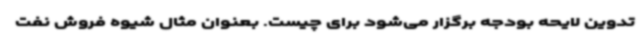
تدوین لایحه بودجه برگزار می‌شود برای چیست. بعنوان مثال شیوه فروش نفت